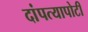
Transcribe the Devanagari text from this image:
दांपत्यापोटी